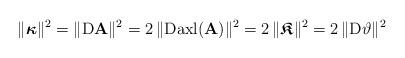
LaTeX: \begin{align*}\|\boldsymbol{\kappa}\|^2=\|{\rm D}\mathbf{A}\|^2=2\,\|{\rm D}{\rm axl}(\mathbf{A}) \|^2=2\,\|\boldsymbol{\mathfrak{K}}\|^2&=2\,\|{\rm D} \vartheta\|^2\end{align*}